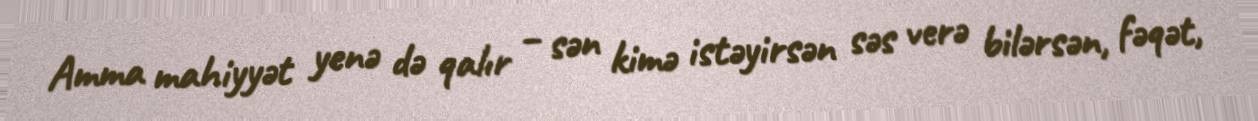
Amma mahiyyət yenə də qalır – sən kimə istəyirsən səs verə bilərsən, fəqət,